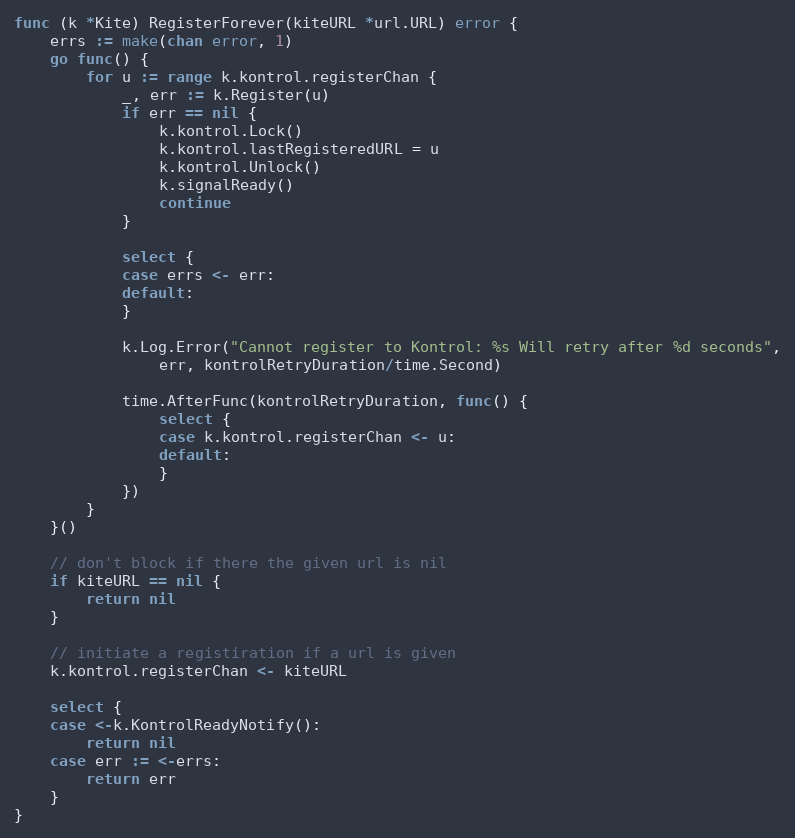
Language: Go
func (k *Kite) RegisterForever(kiteURL *url.URL) error {
	errs := make(chan error, 1)
	go func() {
		for u := range k.kontrol.registerChan {
			_, err := k.Register(u)
			if err == nil {
				k.kontrol.Lock()
				k.kontrol.lastRegisteredURL = u
				k.kontrol.Unlock()
				k.signalReady()
				continue
			}

			select {
			case errs <- err:
			default:
			}

			k.Log.Error("Cannot register to Kontrol: %s Will retry after %d seconds",
				err, kontrolRetryDuration/time.Second)

			time.AfterFunc(kontrolRetryDuration, func() {
				select {
				case k.kontrol.registerChan <- u:
				default:
				}
			})
		}
	}()

	// don't block if there the given url is nil
	if kiteURL == nil {
		return nil
	}

	// initiate a registiration if a url is given
	k.kontrol.registerChan <- kiteURL

	select {
	case <-k.KontrolReadyNotify():
		return nil
	case err := <-errs:
		return err
	}
}